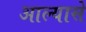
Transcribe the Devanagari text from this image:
आल्यासे